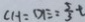
C H = D E = \frac { 5 } { 3 } t